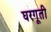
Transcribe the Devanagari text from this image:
घरगूती